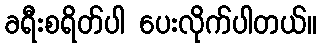
ခရီးစရိတ်ပါ ပေးလိုက်ပါတယ်။